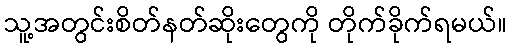
သူ့အတွင်းစိတ်နတ်ဆိုးတွေကို တိုက်ခိုက်ရမယ်။